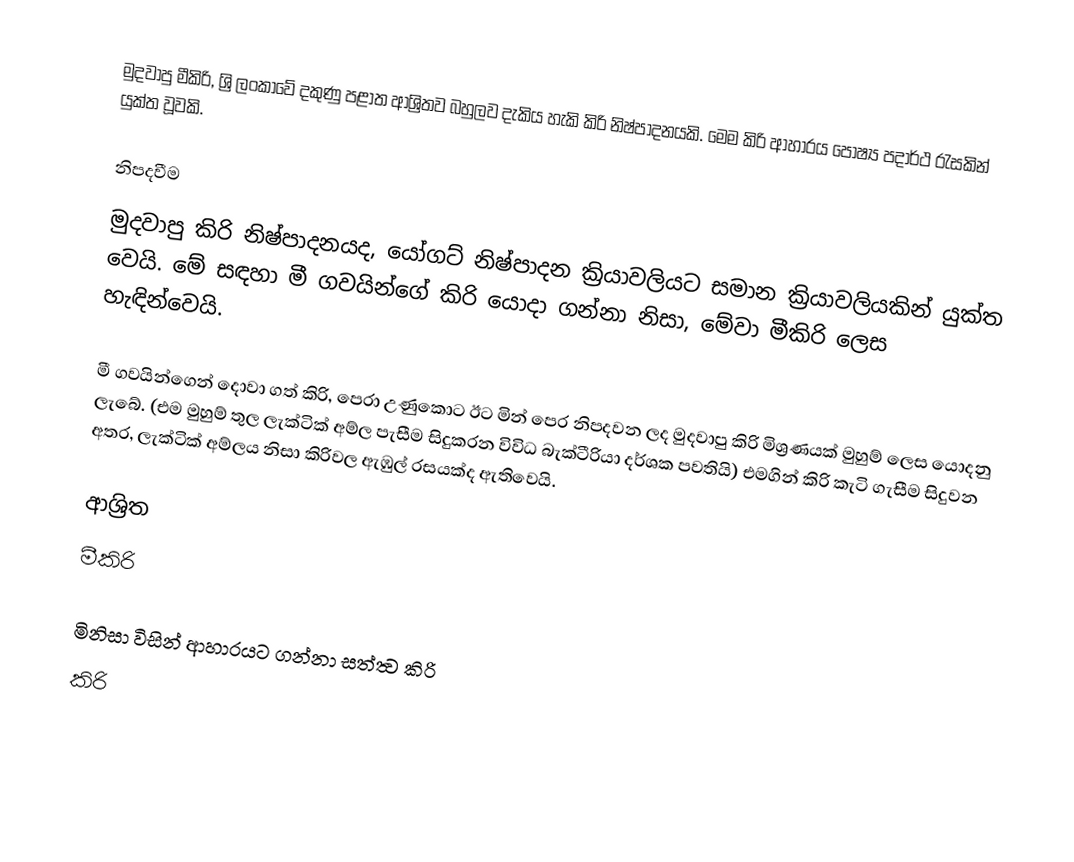
මුදවාපු මීකිරි, ශ්‍රි ලංකාවේ දකුණු පළාත ආශ්‍රිතව බහුලව දැකිය හැකි කිරි නිෂ්පාදනයකි. මෙම කිරි ආහාරය පෝෂ්‍ය පදාර්ථ රැසකින් යුක්ත වූවකි.

නිපදවීම
මුදවාපු කිරි නිෂ්පාදනයද, යෝගට් නිෂ්පාදන ක්‍රියාවලියට සමාන ක්‍රියාවලියකින් යුක්ත වෙයි. මේ සඳහා මී ගවයින්ගේ කිරි යොදා ගන්නා නිසා, මේවා මීකිරි ලෙස හැඳින්වෙයි.

මී ගවයින්ගෙන් දොවා ගත් කිරි, පෙරා උණුකොට ඊට මින් පෙර නිපදවන ලද මුදවාපු කිරි මිශ්‍රණයක් මුහුම් ලෙස යොදනු ලැබේ. (එම මුහුම් තුල ලැක්ටික් අම්ල පැසීම සිදුකරන විවිධ බැක්ටීරියා දර්ශක පවතියි) එමගින් කිරි කැටි ගැසීම සිදුවන අතර, ලැක්ටික් අම්ලය නිසා කිරිවල ඇඹුල් රසයක්ද ඇතිවෙයි.

ආශ්‍රිත
 මීකිරි

මිනිසා විසින් ආහාරයට ගන්නා සත්ත්‍ව කිරි
කිරි